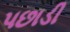
પછાડી